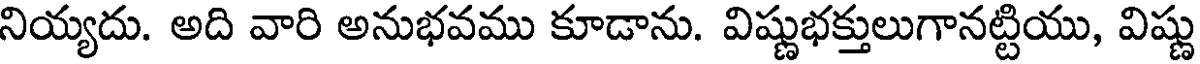
నియ్యదు. అది వారి అనుభవము కూడాను. విష్ణుభక్తులుగానట్టియు, విష్ణు